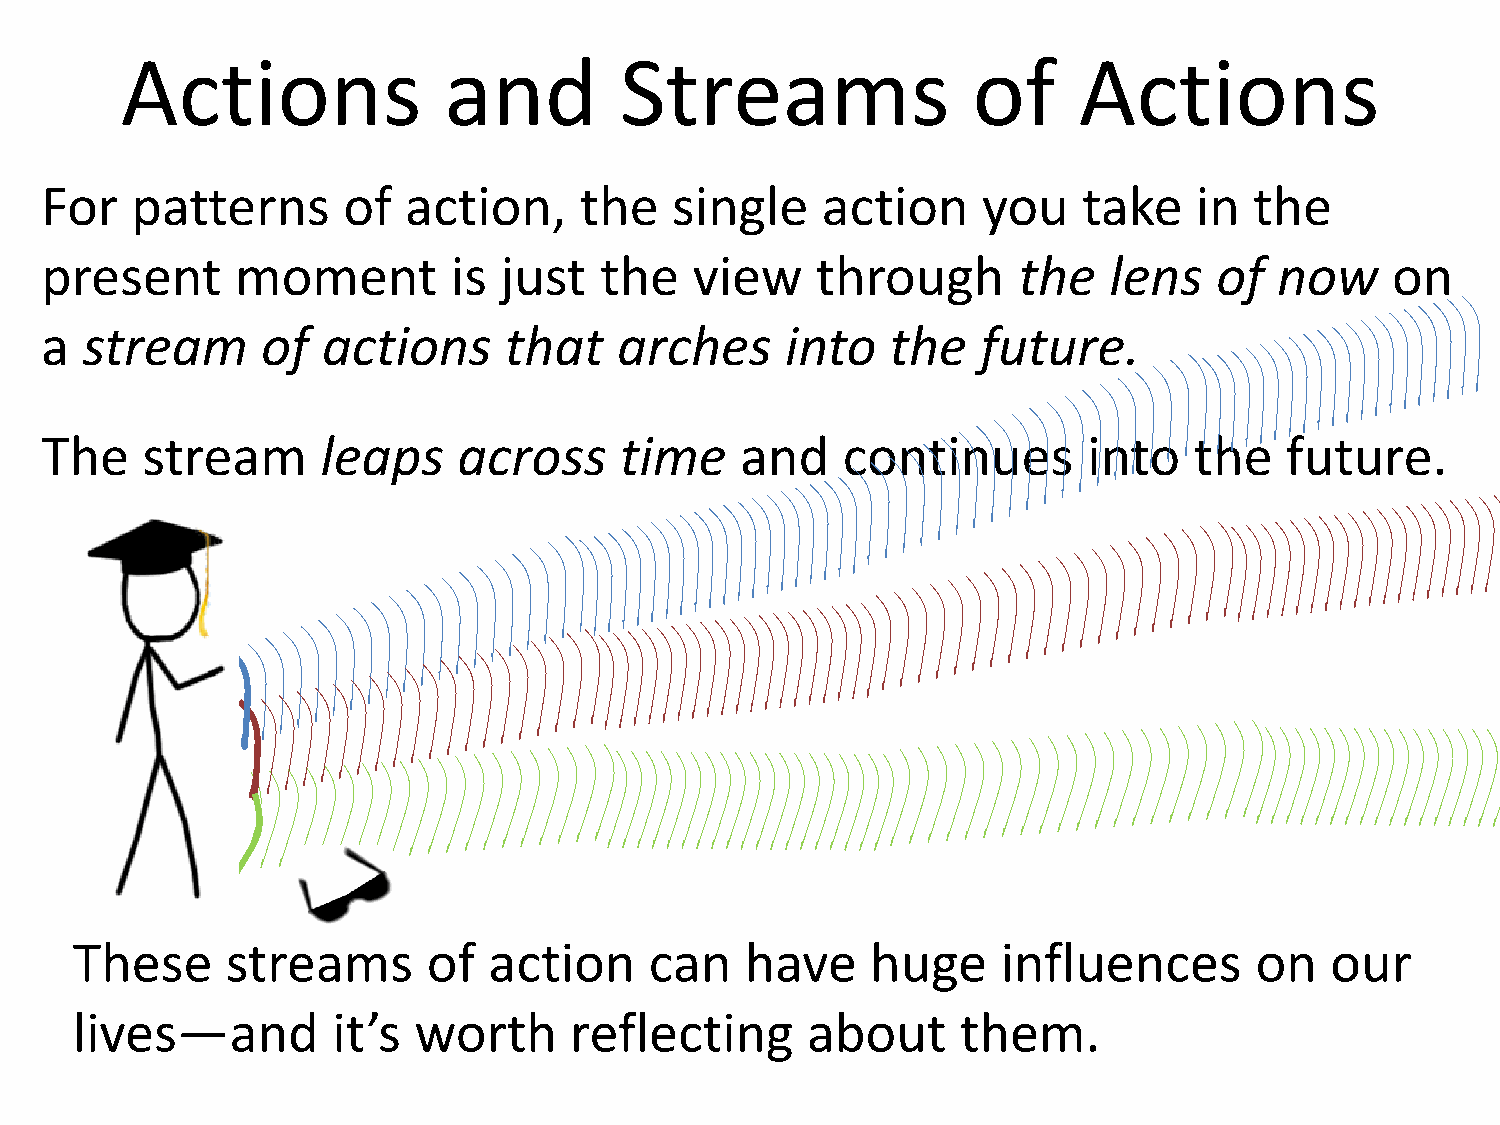
Actions              and         Streams                of     Actions
 For   patterns      of  action,    the   single    action     you    take   in  the
 present      moment        is just   the   view    through      the   lens    of  now    on
 a stream      of  actions     that    arches     into   the   future.
 The   stream      leaps    across     time    and    continues       into   the   future.
 These     streams      of  action     can   have     huge    influences       on   our
 lives—and        it’s worth      reflecting     about      them.